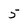
Character: 5